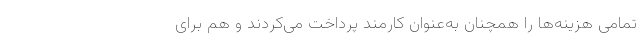
تمامی هزینه‌ها را همچنان به‌عنوان کارمند پرداخت می‌کردند و هم برای